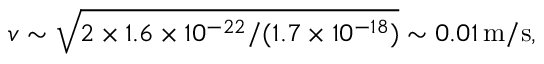
v \sim \sqrt { 2 \times 1 . 6 \times 1 0 ^ { - 2 2 } / ( 1 . 7 \times 1 0 ^ { - 1 8 } ) } \sim 0 . 0 1 \, \mathrm { m / s } ,